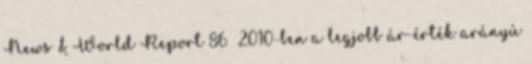
News & World Report 86 2010-ben a legjobb ár-érték arányú